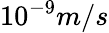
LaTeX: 10^{-9}m/s